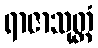
ရာဇာသုတ္တံ